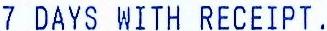
7 DAYS WITH RECEIPT.